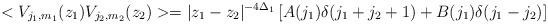
LaTeX: \begin{align*}< V_{j_1,m_1}(z_1) V_{j_2,m_2}(z_2)> = |z_1-z_2|^{-4\Delta_1} \left [A(j_1)\delta(j_1+j_2+1) + B(j_1)\delta(j_1-j_2)\right ] \end{align*}